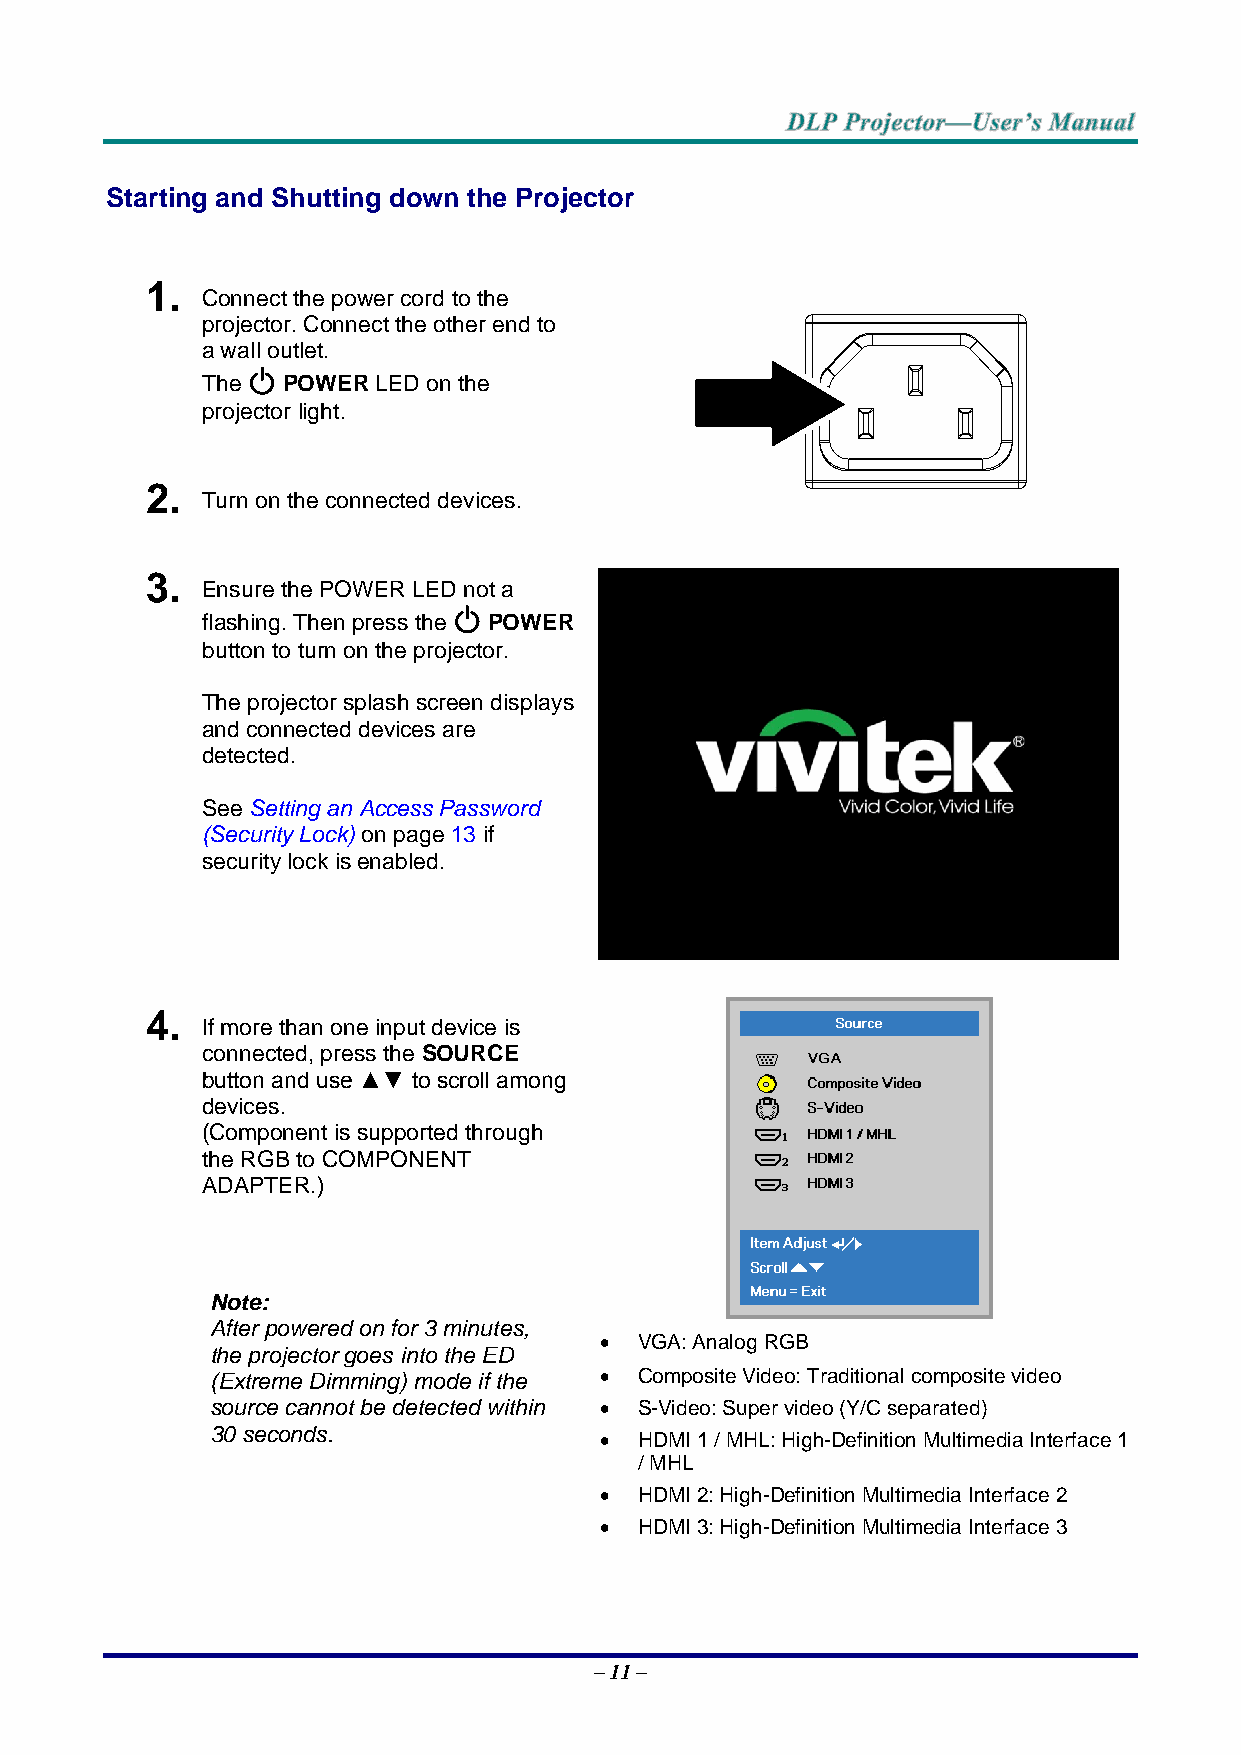
Starting and Shutting down the Projector
 1.
 Connect the power cord to the
 projector. Connect the other end to
 a wall outlet.
 The   POWER LED on the
 projector light.
 2.
 Turn on the connected devices.
 3.
 Ensure the POWER LED not a
 flashing. Then press the POWER
 button to turn on the projector.
 The projector splash screen displays
 and connected devices are
 detected.
 See Setting an Access Password
 (Security Lock) on page 13 if
 security lock is enabled.
 4.
 If more than one input device is
 connected, press the SOURCE
 button and use ▲▼ to scroll among
 devices.
 (Component is supported through
 the RGB to COMPONENT
 ADAPTER.)
 Note:
 After powered on for 3 minutes,
  VGA: Analog RGB
 the projector goes into the ED
 (Extreme Dimming) mode if the  Composite Video: Traditional composite video
 source cannot be detected within  S-Video: Super video (Y/C separated)
 30 seconds.
  HDMI 1 / MHL: High-Definition Multimedia Interface 1
 / MHL
  HDMI 2: High-Definition Multimedia Interface 2
  HDMI 3: High-Definition Multimedia Interface 3
 – 11 –